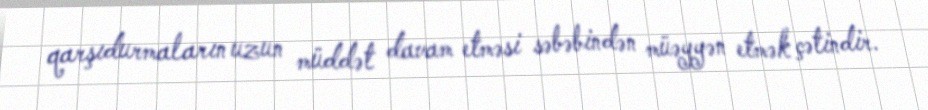
qarşıdurmaların uzun müddət davam etməsi səbəbindən müəyyən etmək çətindir.